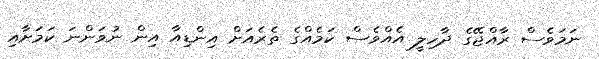
ނަމަވެސް ރާއްޖޭގެ ދާހިލީ އެއްވެސް ކަމެއްގެ ތެރެއަށް އިންޑިއާ އިން ނުވަންނަ ކަމަށާއި